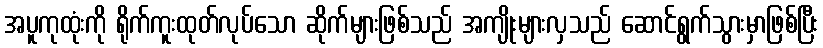
အပူကုထုံးကို ရိုက်ကူးထုတ်လုပ်သော ဆိုက်များဖြစ်သည် အကျိုးများလှသည် ဆောင်ရွက်သွားမှာဖြစ်ပြီး